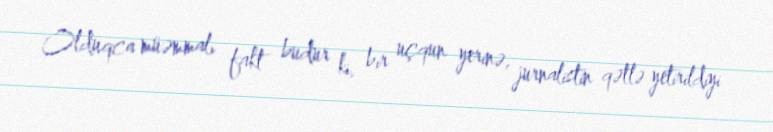
Olduqca müəmmalı fakt budur ki, bir uçqun yerinə, jurnalistin qətlə yetirildiyi